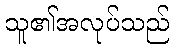
သူ၏အလုပ်သည်